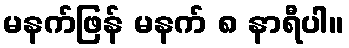
မနက်ဖြန် မနက် ၈ နာရီပါ။